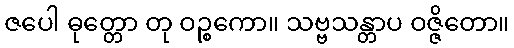
ဇပေါ ဓုတ္တော တု ဝဉ္စကော။ သဗ္ဗသန္တာပ ဝဇ္ဇိတော။